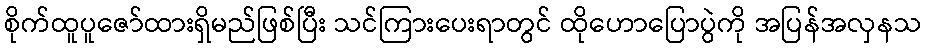
စိုက်ထူပူဇော်ထားရှိမည်ဖြစ်ပြီး သင်ကြားပေးရာတွင် ထိုဟောပြောပွဲကို အပြန်အလှနသ